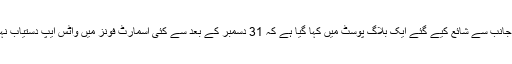
واٹس ایپ کی جانب سے شائع کیے گئے ایک بلاگ پوسٹ میں کہا گیا ہے کہ 31 دسمبر کے بعد سے کئی اسمارٹ فونز میں واٹس ایپ دستیاب نہیں ہوسکے گا۔